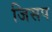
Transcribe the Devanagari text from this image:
जिसप